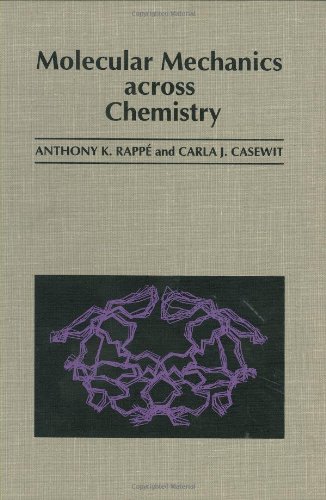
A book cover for Molecular Mechanics Across Chemistry; Anthony K. Rappe; Science & Math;